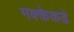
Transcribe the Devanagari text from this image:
मक्केकडे